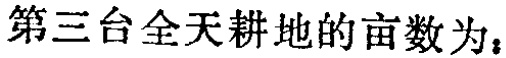
第三台全天耕地的亩数为：